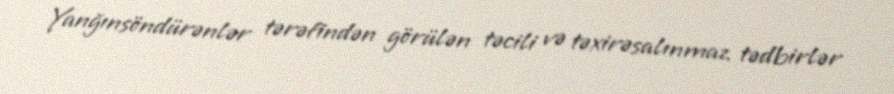
Yanğınsöndürənlər tərəfindən görülən təcili və təxirəsalınmaz tədbirlər